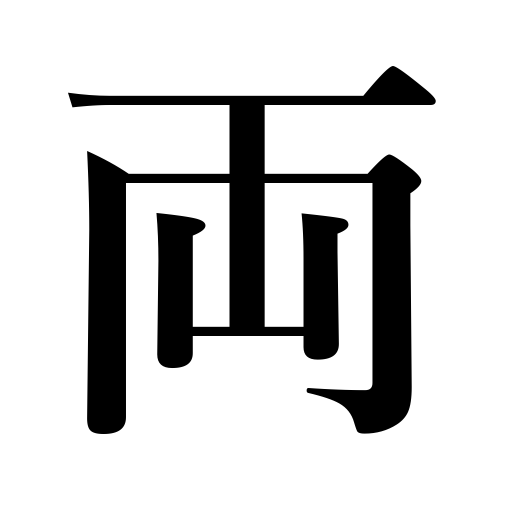
Meanings: vehicle counter,two,both,old Japanese coin